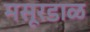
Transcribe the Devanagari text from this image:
मसूरडाळ